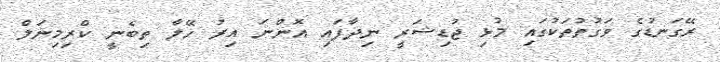
ރޭގަނޑުގެ ވަގުތުތަކުގައި މުޅި ޖުޑިޝަރީ ނިދާފައި އޮންނަ އިރު ހޭލާ ތިބެނީ ކްރިމިނަލް